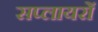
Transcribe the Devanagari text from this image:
सप्लायरों